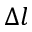
\Delta l